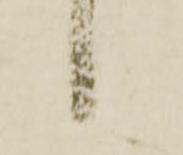
々